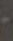
-